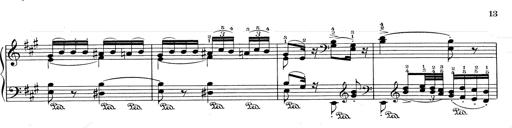
Title: RÃ©miniscences de Don Juan
Composer: Franz Liszt